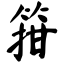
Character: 箝